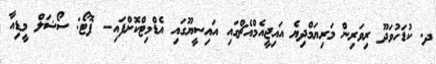
ދ. ކުޑަހުވަދޫ ރިވަރިން މަރިޔަމްދިޔެ އައިޖީއެމްއެޗްގައި އައިސީޔޫގައި އެޑްމިޓްކޮށްފައި-- ފޮޓޯ: ސޯޝަލް މީޑިއާ